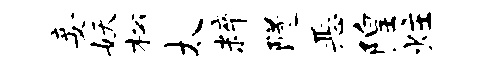
妾妖松太粹隧恶隍炷